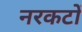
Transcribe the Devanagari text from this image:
नरकटों